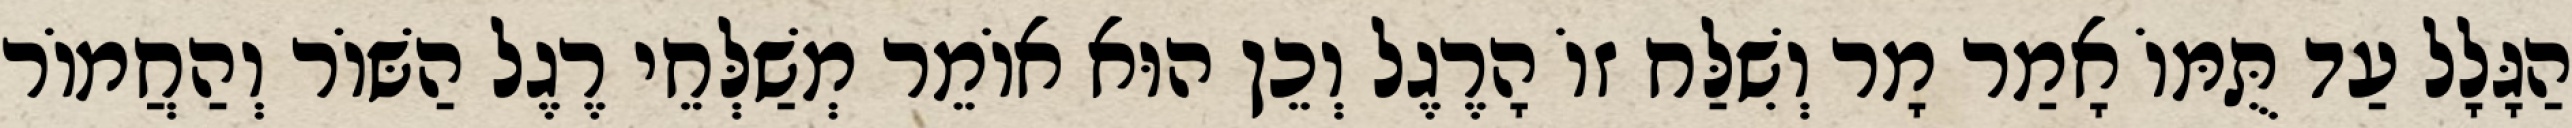
הַגָּלָל עַד תֻּמּוֹ אָמַר מָר וְשִׁלַּח זוֹ הָרֶגֶל וְכֵן הוּא אוֹמֵר מְשַׁלְּחֵי רֶגֶל הַשּׁוֹר וְהַחֲמוֹר